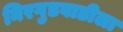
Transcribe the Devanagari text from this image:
निरगुडवाडीला